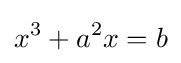
x^{3}+a^{2}x=b